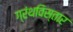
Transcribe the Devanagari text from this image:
ग्रंथविस्तार